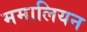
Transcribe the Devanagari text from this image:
ममालियन